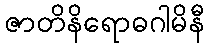
ဇာတိနိရောဓဂါမိနီ